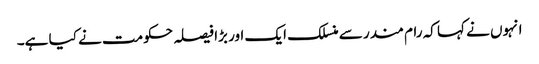
انہوں نے کہا کہ رام مندر سے منسلک ایک اور بڑا فیصلہ حکومت نے کیا ہے۔